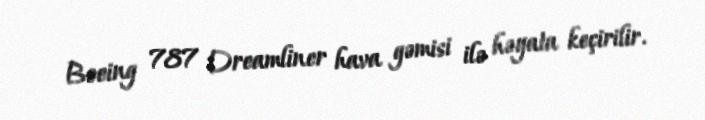
Boeing 787 Dreamliner hava gəmisi ilə həyata keçirilir.